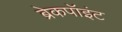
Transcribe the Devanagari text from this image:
ब्रेकपॉइंट